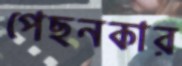
পেছনকার